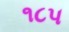
૧૮૫